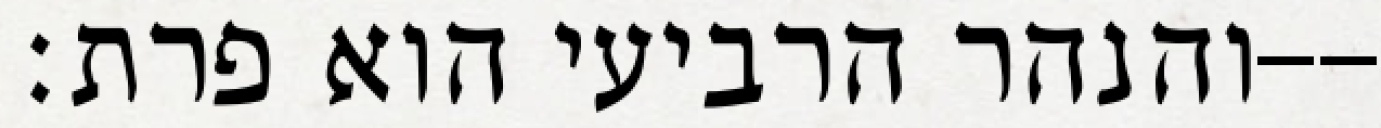
והנהר הרביעי הוא פרת׃--